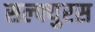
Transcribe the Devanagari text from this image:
सल्फ्युरस